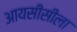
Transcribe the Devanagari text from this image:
आयसीसीला